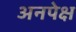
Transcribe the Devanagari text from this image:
अनपेक्ष